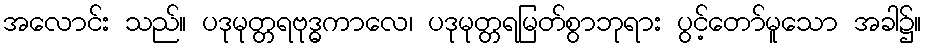
အလောင်း သည်။ ပဒုမုတ္တရဗုဒ္ဓကာလေ၊ ပဒုမုတ္တရမြတ်စွာဘုရား ပွင့်တော်မူသော အခါ၌။